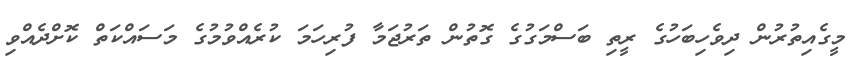
މީގެއިތުރުން ދިވެހިބަހުގެ ރީތި ބަސްމަގުގެ ގޮތުން ތަރުޖަމާ ފުރިހަމަ ކުރެއްވުމުގެ މަސައްކަތް ކޮށްދެއްވި